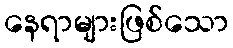
နေရာများဖြစ်သော